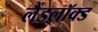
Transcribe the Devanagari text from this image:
लैंडलॉक्ड